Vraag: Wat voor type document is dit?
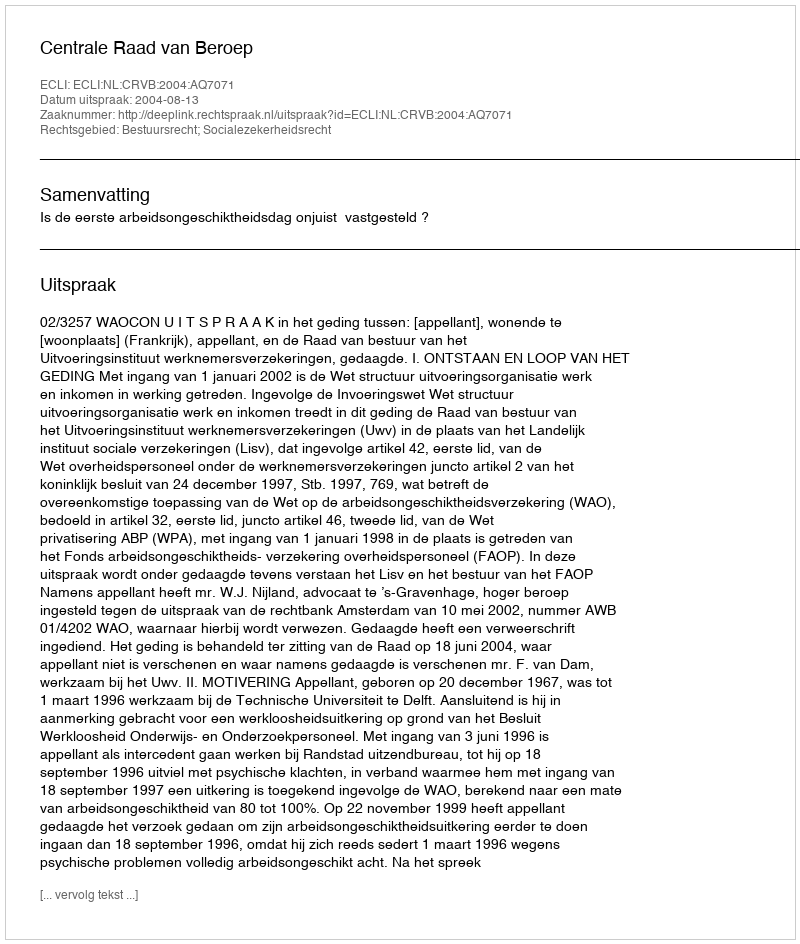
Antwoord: Uitspraak